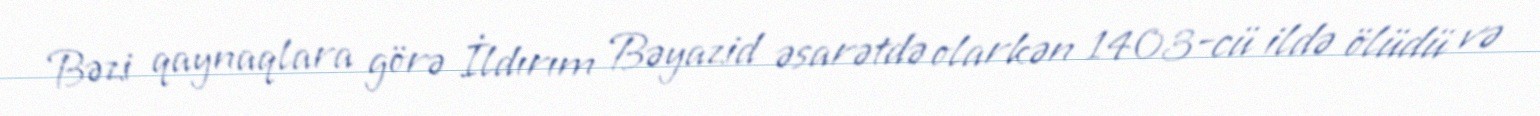
Bəzi qaynaqlara görə İldırım Bəyazid əsarətdə olarkən 1403-cü ildə ölüdü və